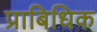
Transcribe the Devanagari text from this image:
प्राबिधिक